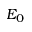
E _ { 0 }